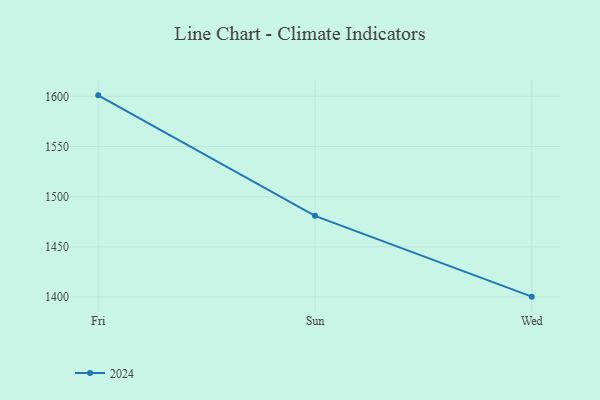
{"axis": {"x": "Day", "y": "Conversion Rate (%)"}, "legend": ["2024"], "data": [{"x": "Fri", "y": 1601.0, "type": "2024"}, {"x": "Sun", "y": 1480.9, "type": "2024"}, {"x": "Wed", "y": 1400.4, "type": "2024"}]}